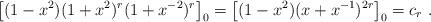
LaTeX: \begin{align*}\bigl[(1-x^2)(1+x^{2})^{r}(1+x^{-2})^{r}\bigr]_0=\bigl[(1-x^2)(x+x^{-1})^{2r}\bigr]_0 =c_r\ .\end{align*}